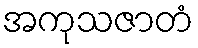
အကုသဇာတံ